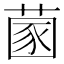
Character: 𦵣